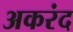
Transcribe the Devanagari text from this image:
अकरंद